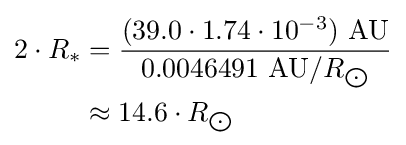
{\begin{aligned}2\cdot R_{*}&={\frac {(39.0\cdot 1.74\cdot 10^{-3})\ {\text{AU}}}{0.0046491\ {\text{AU}}/R_{\bigodot }}}\\&\approx 14.6\cdot R_{\bigodot }\end{aligned}}